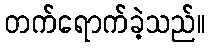
တက်ရောက်ခဲ့သည်။